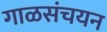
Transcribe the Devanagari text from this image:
गाळसंचयन